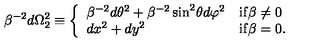
\beta ^ { - 2 } d \Omega _ { 2 } ^ { 2 } \equiv \left\{ \begin{array} { l l } { \beta ^ { - 2 } d \theta ^ { 2 } + \beta ^ { - 2 } \sin ^ { 2 } \! \theta d \varphi ^ { 2 } } & { { \mathrm { i f } } \beta \neq 0 } \\ { d x ^ { 2 } + d y ^ { 2 } } & { { \mathrm { i f } } \beta = 0 . } \\ \end{array} \right.